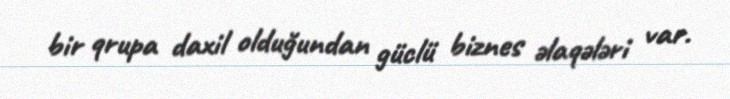
bir qrupa daxil olduğundan güclü biznes əlaqələri var.